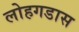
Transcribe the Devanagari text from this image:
लोहगडास